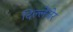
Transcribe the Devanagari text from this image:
दिल्लेंजेर